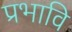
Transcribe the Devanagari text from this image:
प्रभावि